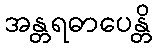
အန္တရဓာပေန္တိ